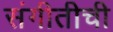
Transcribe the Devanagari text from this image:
संगीतीची